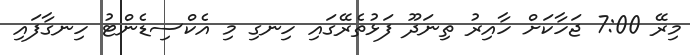
މިރޭ 7:00 ޖަހާކަށް ހާއިރު ތިނަދޫ ފަޅުތެރޭގައި ހިނގި މި އެކްސިޑެންޓު ހިނގާފައި